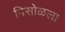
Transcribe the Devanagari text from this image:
पिसोळला